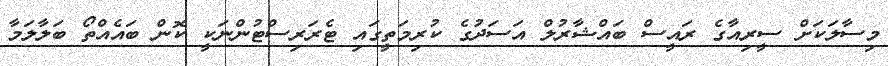
މިސާލަކަށް ސީރިއާގެ ރައީސް ބައްޝާރުލް އަސަދުގެ ކުރިމަތީގައި ޓެރަރިސްޓުންނަކީ ކޮން ބައެއްތޯ ބަލާލަމާ